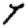
Digit: 7